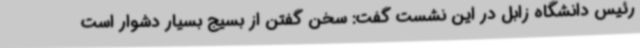
رئیس دانشگاه زابل در این نشست گفت: سخن گفتن از بسیج بسیار دشوار است